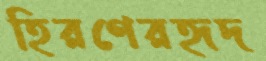
হিরণেরহৃদ